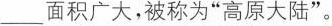
___ 面积广大，被称为 ” 高原大陆 ” 。